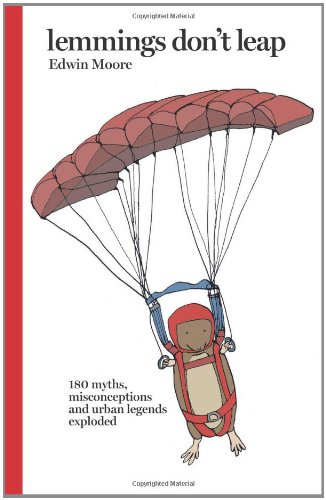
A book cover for Lemmings Don't Leap: 180 Myths, Misconceptions, and Urban Legends Exploded; Edwin Moore; Humor & Entertainment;